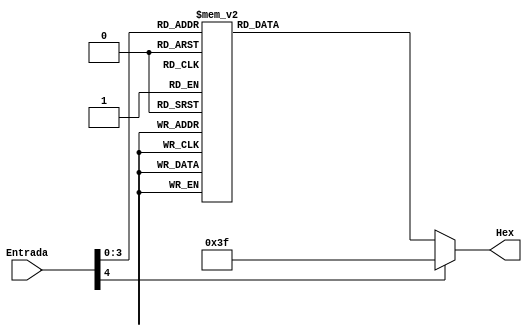
module display (Entrada, Hex);

input wire[4:0] Entrada;
output reg [6:0] Hex;

// Digits and symbols as parameters
//localparam espaco   = 7'b1111111; //7F' '
localparam menos    = 7'b0111111; //3F'-'
localparam zero     = 7'b1000000; //40'0'
localparam um 	     = 7'b1111001; //79'1'
localparam dois     = 7'b0100100; //24'2'
localparam tres     = 7'b0110000; //30'3'
localparam quatro   = 7'b0011001; //19'4'
localparam cinco    = 7'b0010010; //12'5'
localparam seis     = 7'b0000010; //02'6'
localparam sete     = 7'b1111000; //78'7'
localparam oito 	  = 7'b0000000; //00'8'
localparam nove 	  = 7'b0011000; //18'9'
localparam dez      = 7'b0001000; //77'A'
localparam onze     = 7'b0000011; //03'B'
localparam doze     = 7'b1000110; //70'C'
localparam treze 	  = 7'b0100001; //21'D'
localparam quatorze = 7'b0000110; //06'E'
localparam quinze   = 7'b0001110; //0E'F'


always @ (Entrada) 
	case (Entrada)
	  // Positive values 
          5'b00000: Hex <=  {zero};
          5'b00001: Hex <=  {um};
          5'b00010: Hex <=  {dois};
          5'b00011: Hex <=  {tres};
          5'b00100: Hex <=  {quatro};
          5'b00101: Hex <=  {cinco};
          5'b00110: Hex <=  {seis};
          5'b00111: Hex <=  {sete};
          5'b01000: Hex <=  {oito};
          5'b01001: Hex <=  {nove};
			 5'b01010: Hex <=  {dez};
          5'b01011: Hex <=  {onze};
          5'b01100: Hex <=  {doze};
          5'b01101: Hex <=  {treze};
          5'b01110: Hex <=  {quatorze};
          5'b01111: Hex <=  {quinze};
			 
          
          default:   {Hex} <= {menos};
        endcase
endmodule